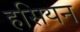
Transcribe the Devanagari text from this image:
हसियन